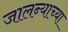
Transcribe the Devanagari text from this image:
जालन्याच्या